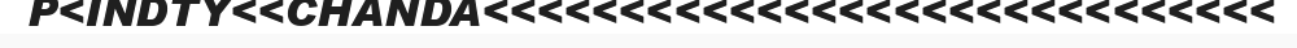
P<INDTY<<CHANDA<<<<<<<<<<<<<<<<<<<<<<<<<<<<<